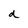
Character: d